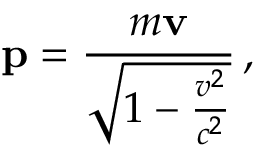
\mathbf { p } = { \frac { m \mathbf { v } } { \sqrt { 1 - { \frac { v ^ { 2 } } { c ^ { 2 } } } } } } \, ,